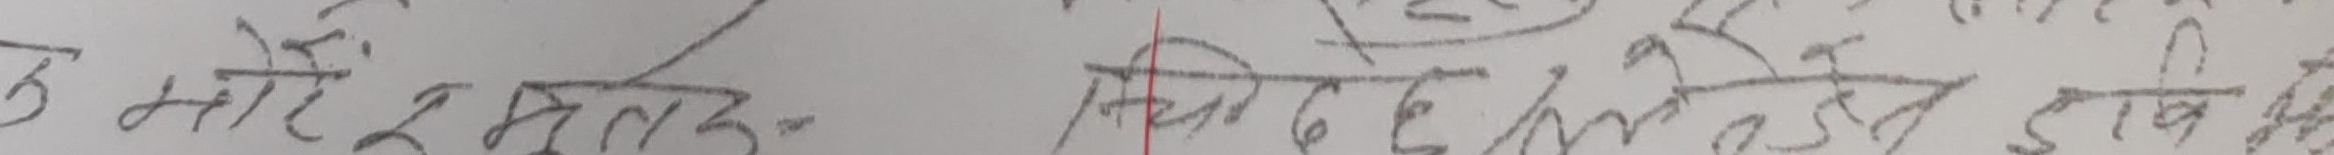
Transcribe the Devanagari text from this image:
६ महिना २ महिनासम्म निर्वेद दि हल देइ लाख हुन्छ ।